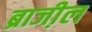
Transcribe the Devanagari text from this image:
ब्राजी़ल